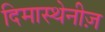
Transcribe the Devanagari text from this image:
दिमास्थेनीज़